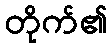
တိုက်၏